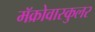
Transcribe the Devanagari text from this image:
मॅक्रोवास्कुलर